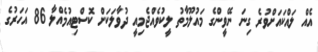
އެއް ލައްކައަށްވުރެ ގިނަ ނޭވީންގެ މައުލޫމާތު ލީކުވެއްޖެމިއީ ދުވާލަކަށް ކޮސްޓިއުމެއްލާ 86 އަހަރުގެ